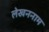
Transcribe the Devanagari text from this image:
लेखननाम